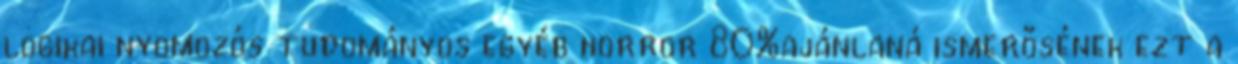
logikai nyomozós tudományos egyéb horror 80%ajánlaná ismerősének ezt a